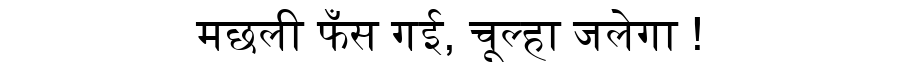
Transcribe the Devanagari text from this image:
मछली फँस गई, चूल्हा जलेगा !